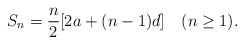
\begin{align*}S_n = \frac{n}{2}[2a+ (n-1)d] \quad(n\geq1).\end{align*}